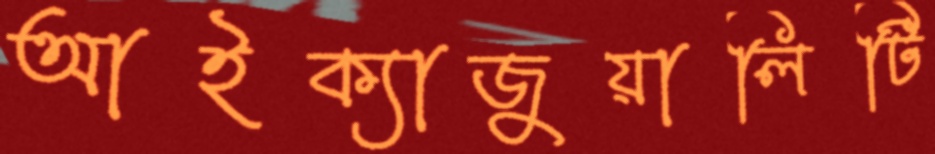
আইক্যাজুয়ালিটি